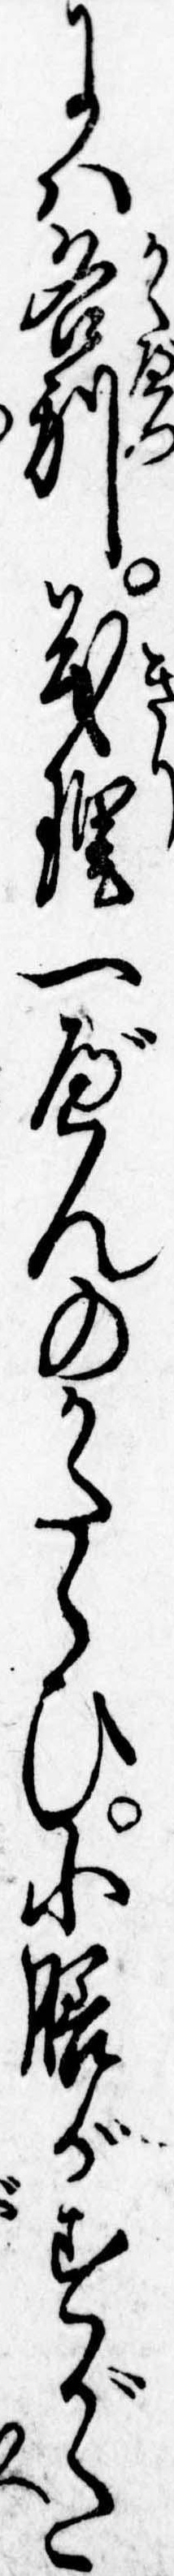
には各別義理一べんのかたらひ小膳がすがた